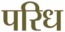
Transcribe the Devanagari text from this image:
परिध